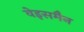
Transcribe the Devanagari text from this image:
वेइसमैन